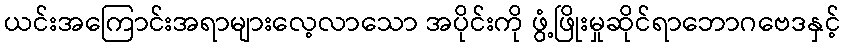
ယင်းအကြောင်းအရာများလေ့လာသော အပိုင်းကို ဖွံ့ဖြိုးမှုဆိုင်ရာဘောဂဗေဒနှင့်